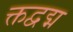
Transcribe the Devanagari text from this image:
क्तद्वद्म